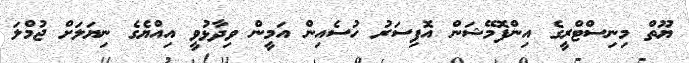
ޔޫތް މިނިސްޓްރީގެ އިންފޮމޭޝަން އޮފިސަރު ހުސެއިން އަމީން ވިދާޅުވީ އިއްޔެގެ ނިޔަލަށް ޖުމްލަ